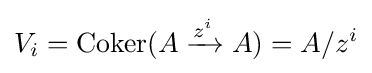
V_{i}=\operatorname {Coker} (A\xrightarrow {z^{i}} A)=A/z^{i}